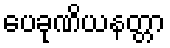
ပေခုဏိယနတ္တာ